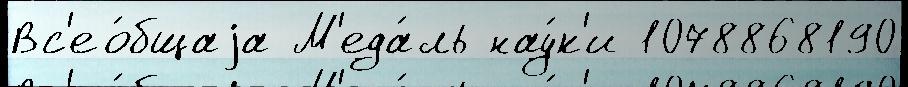
Вс'ео́бщаjа М'еда́ль нау́к'и 1078868190